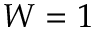
W = 1